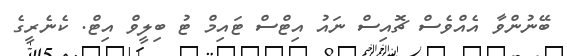
ބޭނުންވާ އެއްވެސް ޗޮއިސް ނައު އިޓްސް ޓައިމް ޓު ބިލީވް އިޓް. ކެނެރީގެ